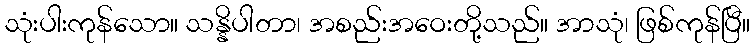
သုံးပါးကုန်သော။ သန္နိပါတာ၊ အစည်းအဝေးတို့သည်။ အာသုံ၊ ဖြစ်ကုန်ပြီ။